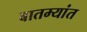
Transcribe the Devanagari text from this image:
बातम्‍यांत